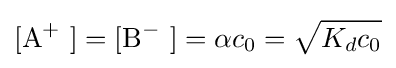
{[\mathrm {A} {\vphantom {A}}^{+}~]}={[\mathrm {B} {\vphantom {A}}^{-}~]}=\alpha c_{0}={\sqrt {K_{d}c_{0}}}